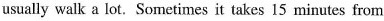
usually walk a lot.Sometimes it takes 15 minutes from